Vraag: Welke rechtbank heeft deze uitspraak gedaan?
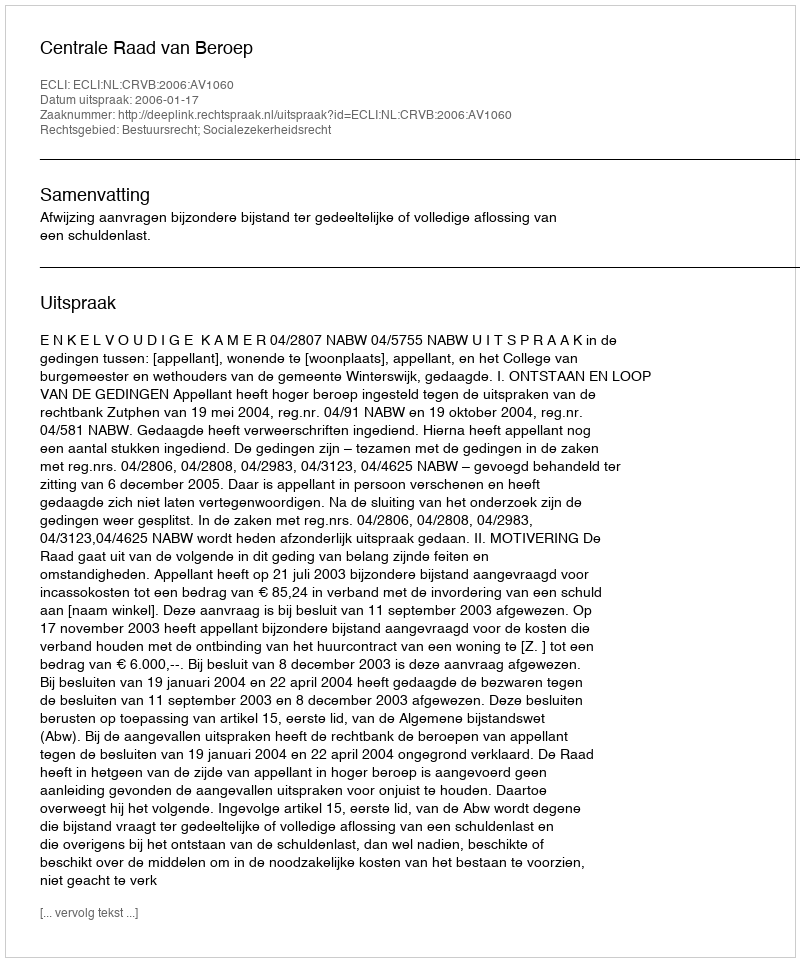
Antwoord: Centrale Raad van Beroep